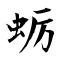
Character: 蛎